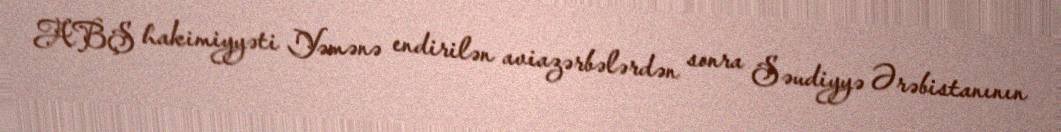
ABŞ hakimiyyəti Yəmənə endirilən aviazərbələrdən sonra Səudiyyə Ərəbistanının